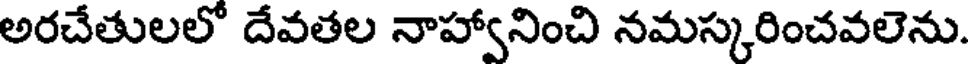
అరచేతులలో దేవతల నాహ్వానించి నమస్కరించవలెను.